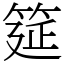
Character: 筵